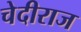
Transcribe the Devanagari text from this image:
चेदीराज